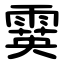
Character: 霙